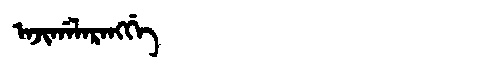
Manchu: ᠠᠵᡳᡤᠠᠯᠠᡵᠠᠩᡤᡝ
Romanization: AJIGALARANGGE